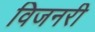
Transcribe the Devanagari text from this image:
विजनरी